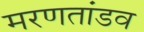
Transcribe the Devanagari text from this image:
मरणतांडव